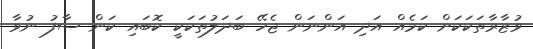
ވުޒާރާތަކަކަށް ކަމެއް އަދި އަންނަން ޖެހޭ ބަދަލުތަަކަކީ ކޮބައި ކަން ސާފު ނުވާ